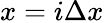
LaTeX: x=i\Delta x